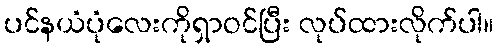
ပင်နယံပုံလေးကိုရှာဝင်ပြီး လုပ်ထားလိုက်ပါ။